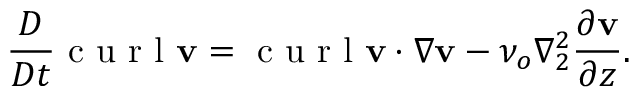
\frac { D } { D t } \textrm { c u r l } \mathbf { v } = \textrm { c u r l } \mathbf { v } \cdot \nabla \mathbf { v } - \nu _ { o } \nabla _ { 2 } ^ { 2 } \frac { \partial \mathbf { v } } { \partial z } .